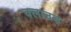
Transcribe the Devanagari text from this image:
क्लाउड़